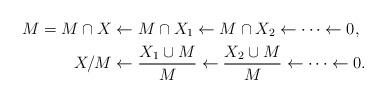
LaTeX: \begin{align*}M = M \cap X &\leftarrow M \cap X_1 \leftarrow M \cap X_2 \leftarrow \dots \leftarrow 0, \\X/M &\leftarrow \frac{X_1 \cup M}{M} \leftarrow \frac{X_2 \cup M}{M} \leftarrow \dots \leftarrow 0. \end{align*}